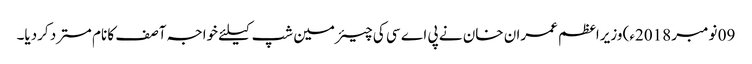
09 نومبر 2018ء) وزیراعظم عمران خان نے پی اے سی کی چیئرمین شپ کیلئے خواجہ آصف کا نام مسترد کردیا۔